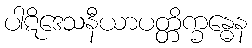
ပါဋိဒေသနီယာပတ္တိက္ခန္ဓေန